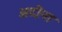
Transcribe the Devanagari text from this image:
अदीना